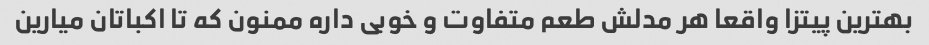
بهترین پیتزا واقعا هر مدلش طعم متفاوت و خوبی داره ممنون که تا اکباتان میارین